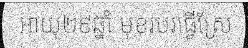
អាយុ២៩ឆ្នាំ មុខរបរធ្វើស្រែ